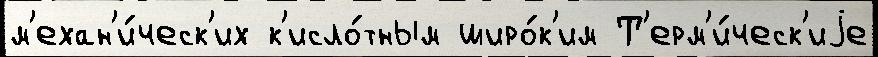
м'ехан'и́ческ'их к'исло́тным широ́к'им Т'ерм'и́ческ'иjе